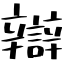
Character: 辯